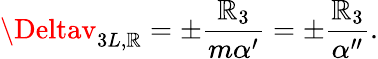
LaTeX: \Deltav_{3L,\mathbb{R}}=\pm\frac{{\mathbb{R}_{3}}}{{m\alpha^{\prime}}}=\pm\frac{{\mathbb{R}_{3}}}{{\alpha^{\prime\prime}}}.